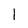
Character: 1